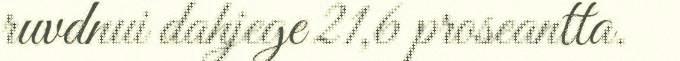
ruvdnui dahjege 21,6 proseantta.